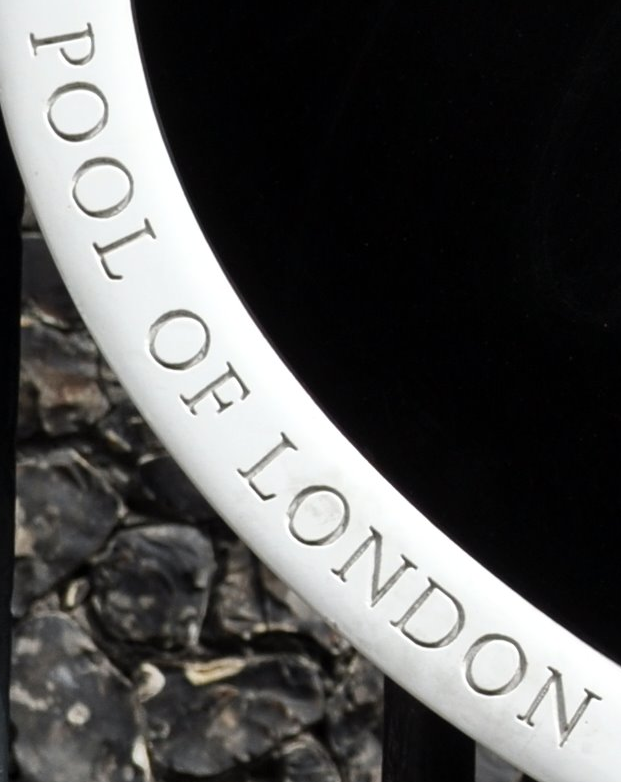
POOL OF LONDON